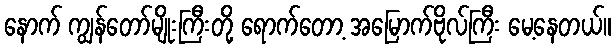
နောက် ကျွန်တော်မျိုးကြီးတို့ ရောက်တော့ အမြောက်ဗိုလ်ကြီး မေ့နေတယ်။